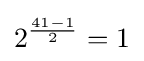
2^{\frac {41-1}{2}}=1